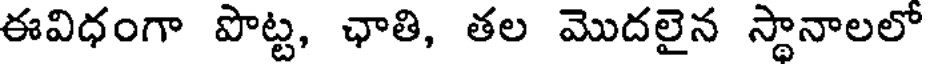
ఈవిధంగా పొట్ట, ఛాతి, తల మొదలైన స్థానాలలో